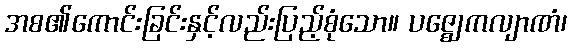
အစ၏ကောင်းခြင်းနှင့်လည်းပြည့်စုံသော။ ပဇ္ဈေကလျာဏံ၊